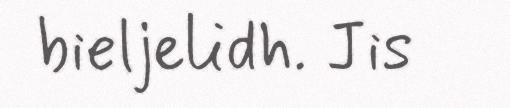
bieljelidh. Jis